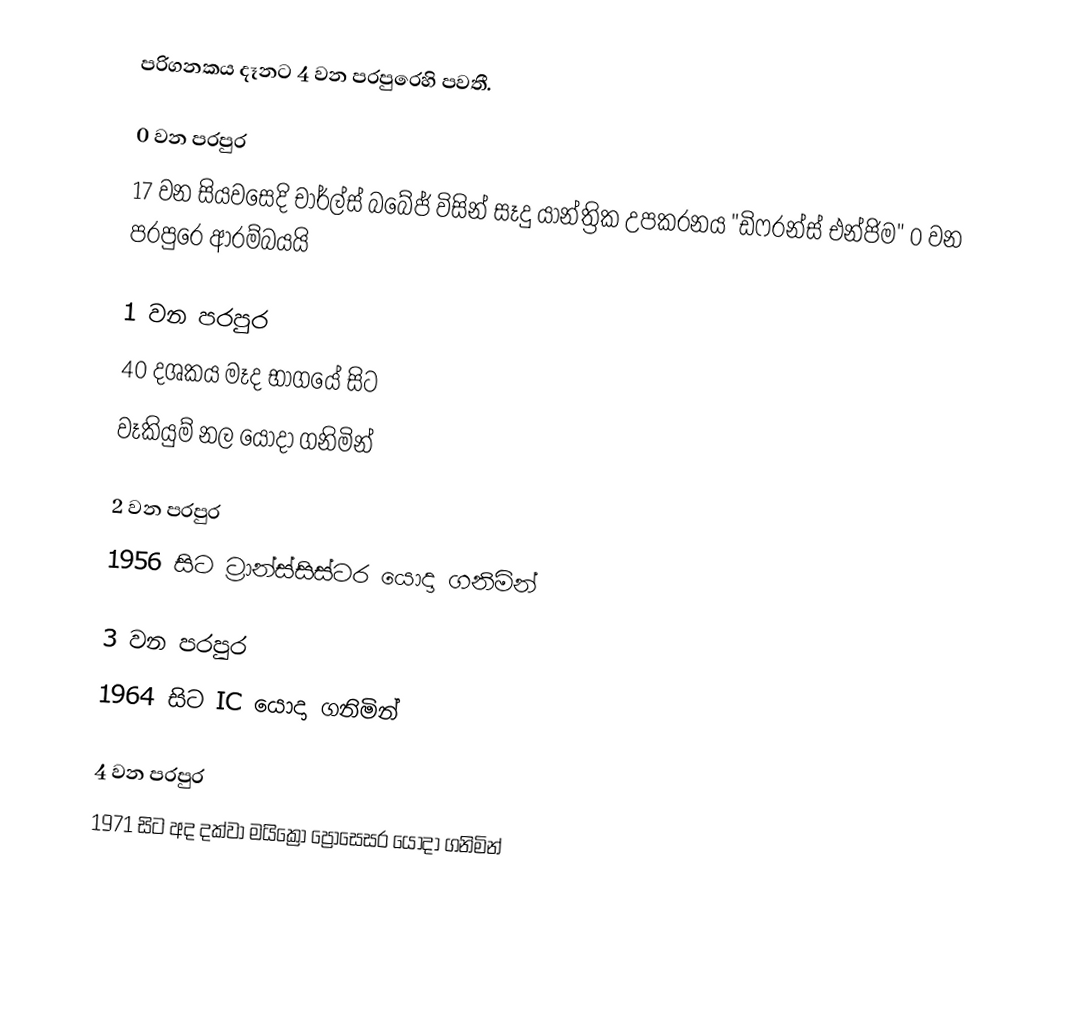
පරිගනකය දෑනට 4 වන පරපුරෙහි පවතී.

0 වන පරපුර
17 වන සියවසෙදි චාර්ල්ස් බබේජ් විසින් සෑදු යාන්ත්‍රික උපකරනය "ඩිෆරන්ස් එන්ජිම" 0 වන පරපුරෙ ආරම්බයයි

1 වන පරපුර
40 දශකය මෑද භාගයේ සිට
වෑකියුම් නල යොදා ගනිමින්

2 වන පරපුර
1956 සිට ට්‍රාන්ස්සිස්ටර යොදා ගනිමින්

3 වන පරපුර
1964 සිට  IC යොදා ගනිමින්

4 වන පරපුර
1971 සිට අද දක්වා මයික්‍රො ප්‍රොසෙසර යොදා ගනිමින්